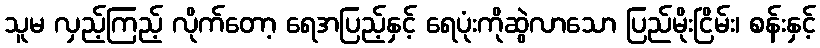
သူမ လှည့်ကြည့် လိုက်တော့ ရေအပြည့်နှင့် ရေပုံးကိုဆွဲလာသော ပြည်မိုးငြိမ်း၊ စန်းနှင့်